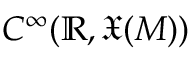
C ^ { \infty } ( \mathbb { R } , { \mathfrak { X } } ( M ) )